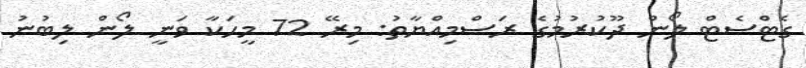
ގެޓްސެޓް ލޯން ދޫކުރުމުގެ ރަސްމިިއްޔާތު: މިރޭ 72 މީހަކާ ވަނީ ލޯން ލިބުނު